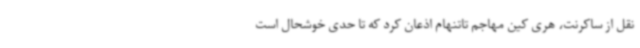
نقل از ساکرنت، هری کین مهاجم تاتنهام اذعان کرد که تا حدی خوشحال است